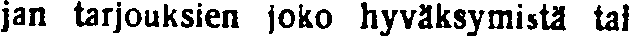
jan tarjouksien joko hyväksymistä tai